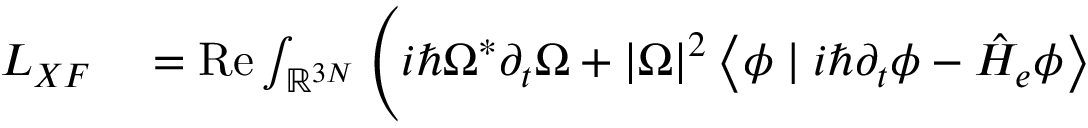
\begin{array} { r l } { L _ { X F } } & { { } = \operatorname { R e } \int _ { \ensuremath { \mathbb { R } } ^ { 3 N } } \Bigg ( i \hbar \Omega ^ { * } \partial _ { t } \Omega + | \Omega | ^ { 2 } \left\langle \phi \mid i \hbar \partial _ { t } \phi - \hat { H } _ { e } \phi \right\rangle } \end{array}